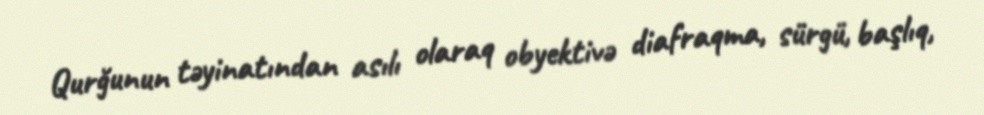
Qurğunun təyinatından asılı olaraq obyektivə diafraqma, sürgü, başlıq,